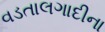
વડતાલગાદીના